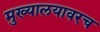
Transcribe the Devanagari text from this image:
मुख्यालयावरच